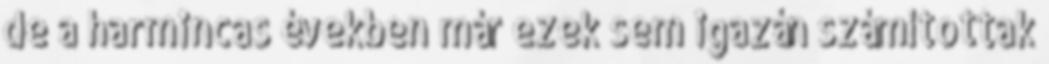
de a harmincas években már ezek sem igazán számítottak